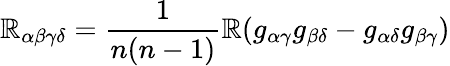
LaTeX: \mathbb{R}_{\alpha\beta\gamma\delta}=\frac{{1}}{{n(n-1)}}\mathbb{R}(g_{\alpha\gamma}g_{\beta\delta}-g_{\alpha\delta}g_{\beta\gamma})